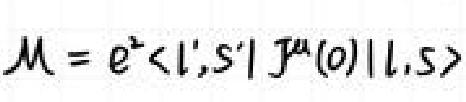
\(\mathcal{M}=e^{2}\langle l',s'|J^{\mu}(0)|l,s\rangle\)